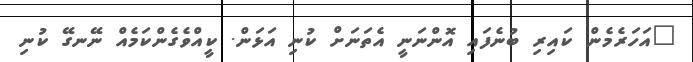
"އަހަރެމެން ކައިރި ބުނެފައި އޮންނަނީ އެތަނަށް ކުނި އަޅަން. ކީއްވެގެންކަމެއް ނޭނގޭ ކުނި